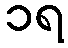
၁ရ